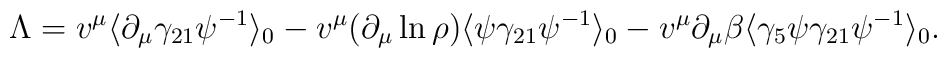
\Lambda = v^{\mu}\langle \partial_{\mu}\gamma_{21}\psi^{-1}\rangle_0 -v^{\mu}(\partial_{\mu}\ln{\rho})\langle \psi\gamma_{21}\psi^{-1}\rangle_0 - v^{\mu}\partial_{\mu}\beta\langle \gamma_5 \psi \gamma_{21}\psi^{-1} \rangle_{0}  .